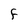
Character: F